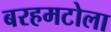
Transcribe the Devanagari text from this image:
बरहमटोला